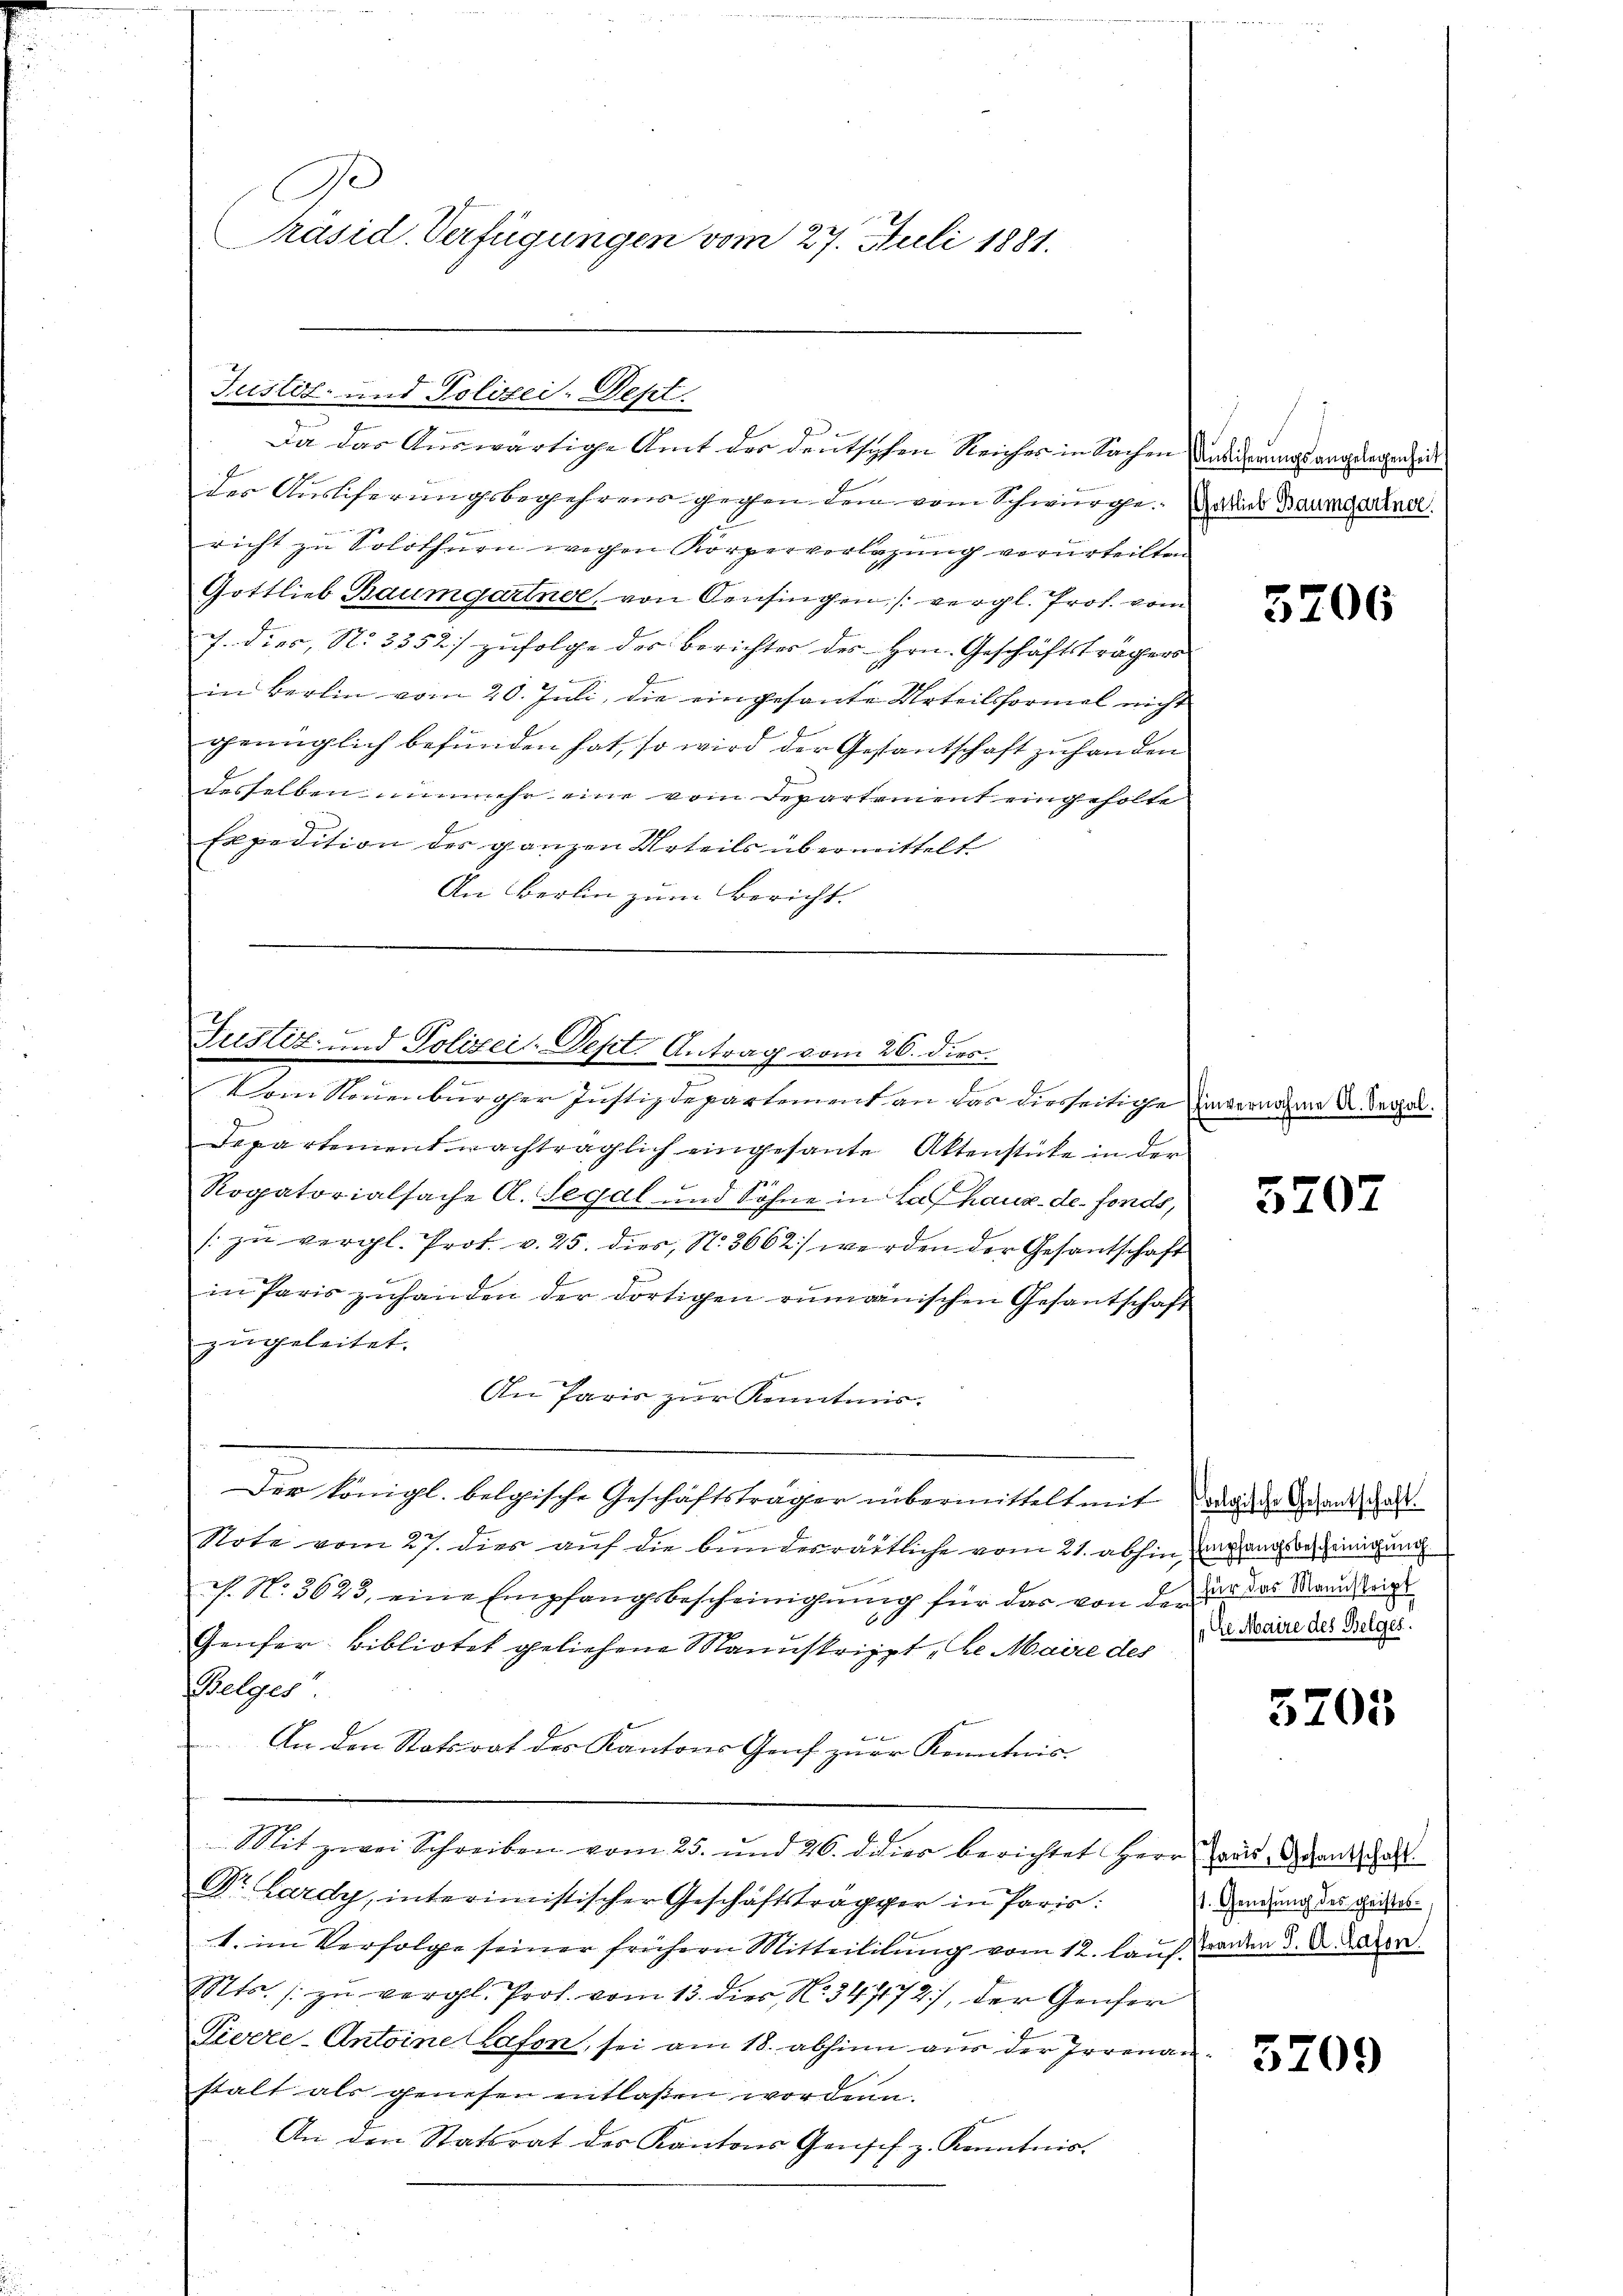
C
Präsid. Verfügungen vom 27. Juli 1881.

Justiz- und Polizei-Sept.
Da das Auswärtige Amt der deutschen Reiches in Sachen Audierungsangelegen i

Justiz- und Polizei-Sept. Antrag vom 26. dies
e

des Auslieferungsbegehrens gegen den vom Schwurge. Wallis Baumgartner
richt zu Solothurn wegen Körperverlesung verurteilten
Gottlieb Baumgartner, von Censingen /: vergl. Prof. vom
J. dies, N. 3352) zufolge der Berichter des Hrn. Geschäftsträgers
in Berlin vom 20. Juli, die eingesante Urteilsformel nicht
genüglich befunden hat, so wird der Gesantschaft zu handen
desselben nunmehr eine vom Departement eingeholte
Expedition des ganzen Urteils übermittelt
An Berlin zum Bericht.

Vom Neuenburger Justizdepartement an das diesseitige invernahme er dersel¬
Departement nachträglich eingesante Aktenstücke in der
Rogatorialsache A. Segal und Söhne in Lafhaus de fonds,
/ zu vergl. Prof. v. 25. dies, N. 3662) werden der Gesantschaft
in Paris zuhanden der dortigen rumänischen Gesantschaft
zugeleitet.
An Paris zur Kenntnis.
Der Königl. belgische Geschäftsträger übermittelt mit der der Grand, dass
Note vom 27. dies auf die bundesrättliche vom 21. abhin ange einigung
. N. 3623, eine Empfangsbescheinigung für das von der er das Mann sein
Genfer Bibliotek geliehene Manuskrippt „be. Maire der Schane das Trages.
Belges
t
An den Statsrat des Kantons Genf zur Kenntnis.
Mit zwei Schreiben vom 25. und 26. d dies berichtet Herr Bad Gant al
Dr. Lardy, interimistischer Geschäftstragger in Paris:
1. im Verfolge seiner frühern Mitteililung vom 12. Lauf werden d. d. Baron
Mts. zu vergl. Prot. vom 13. dies, N. 347172), der Genfer
Tivere-Antoine Lason, sei am 18. abhinn aus der Irrenan
stalt als genesen entlassen worden.
An den Statsrat des Kantons Gensch z. Kenntnis.

3206

5707

5705

71. Genehmig des Geistes

3209